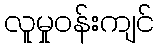
လူမှုဝန်းကျင်